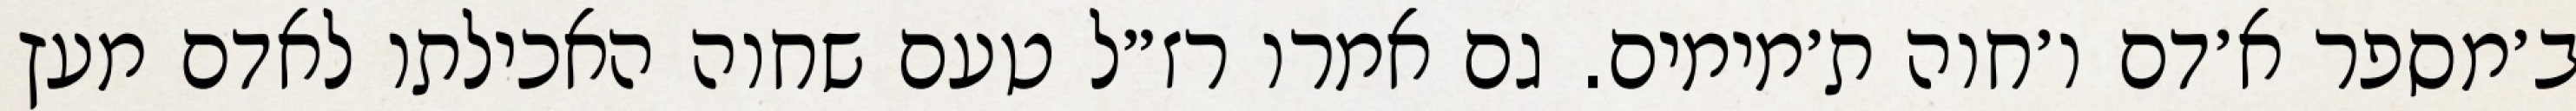
ב׳מספר א׳דם ו׳חוה ת׳מימים. גם אמרו רז״ל טעם שחוה האכילתו לאדם מעץ